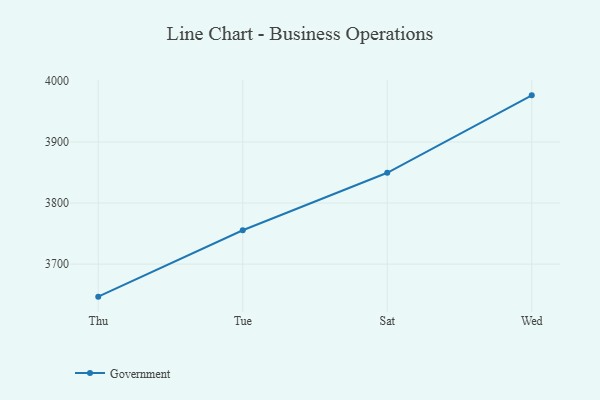
{"axis": {"x": "Day", "y": "Conversion Rate (%)"}, "legend": ["Government"], "data": [{"x": "Thu", "y": 3646.7, "type": "Government"}, {"x": "Tue", "y": 3755.4, "type": "Government"}, {"x": "Sat", "y": 3849.6, "type": "Government"}, {"x": "Wed", "y": 3976.4, "type": "Government"}]}